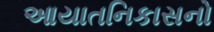
આયાતનિકાસનો